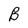
Character: B